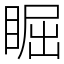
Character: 𥇣